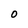
Character: O